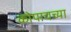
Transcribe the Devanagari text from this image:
कोपाचच्या